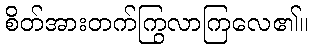
စိတ်အားတက်ကြွလာကြလေ၏။